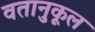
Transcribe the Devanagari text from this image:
वतानुकूल